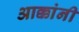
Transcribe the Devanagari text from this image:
आक्कांनी